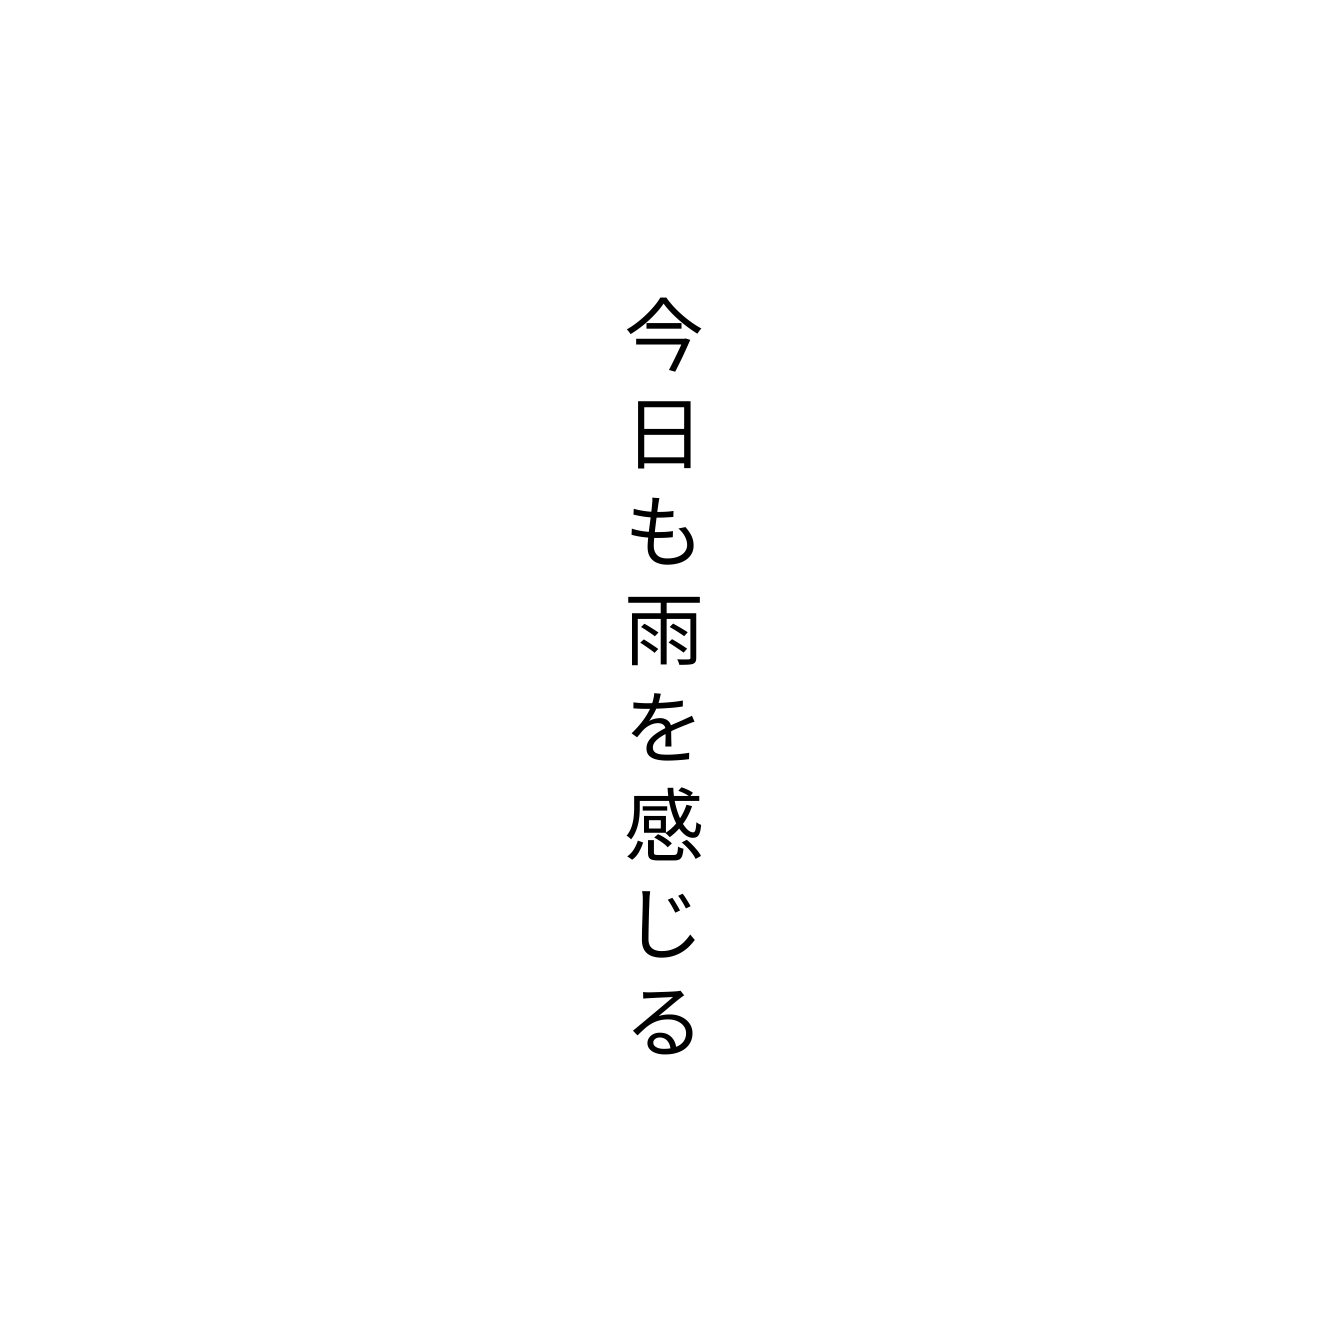
今日も雨を感じる